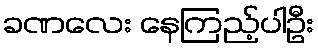
ခဏလေး နေကြည့်ပါဦး